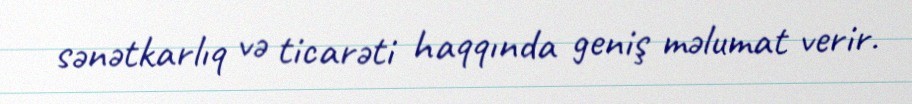
sənətkarlıq və ticarəti haqqında geniş məlumat verir.